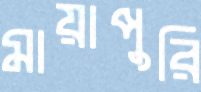
মায়াপুরি